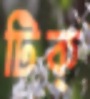
টিক্‌